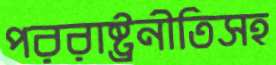
পররাষ্ট্রনীতিসহ